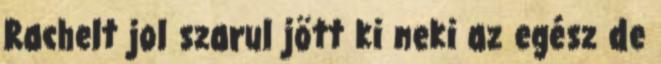
Rachelt jol szarul jött ki neki az egész de